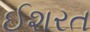
ઈશરત